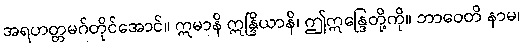
အရဟတ္တမဂ်တိုင်အောင်။ ဣမာနိ ဣန္ဒြိယာနိ၊ ဤဣန္ဒြေတို့ကို။ ဘာဝေတိ နာမ၊